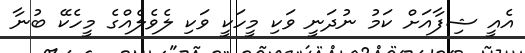
އެއީ ޝިފާއަށް ކަމު ނުދަނީ ވަކި މީހަކީ ވަކި ލެވެލެއްގެ މީހެކޭ ބުނާ